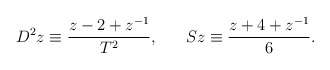
\begin{align*}D^2z\equiv \frac{z-2+z^{-1}}{T^2},\;\;\;\;\;\;Sz\equiv \frac{z+4+z^{-1}}6.\end{align*}